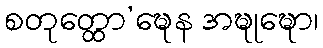
စတုတ္ထော’ဍ္ဎေန အဍ္ဎုဍ္ဎော၊